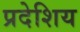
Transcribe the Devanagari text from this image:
प्रदेशिय